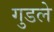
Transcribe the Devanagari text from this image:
गुडले